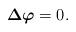
LaTeX: \begin{align*} \mbox{\boldmath $\Delta$}\mbox{\boldmath $\varphi$} = 0.\end{align*}